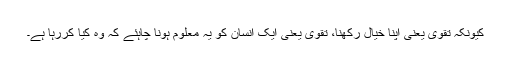
کیونکہ تقوی یعنی اپنا خیال رکھنا، تقوی یعنی ایک انسان کو یہ معلوم ہونا چاہئے کہ وہ کیا کررہا ہے۔